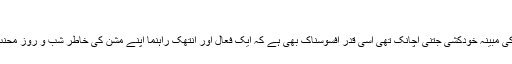
ہم حاضر ہیں
بشپ آف فیصل آباد ڈاکٹر جان جوزف کی مبینہ خودکشی جتنی اچانک تھی اسی قدر افسوسناک بھی ہے کہ ایک فعال اور انتھک راہنما اپنے مشن کی خاطر شب و روز محنت کرتے ہوئے منظر سے غائب ہوگیا۔